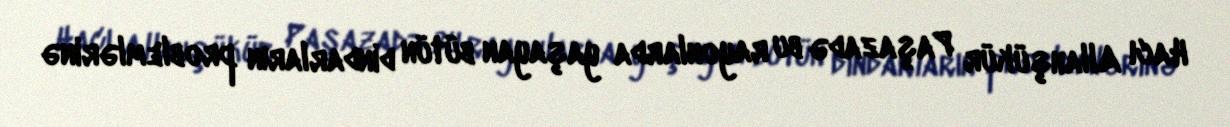
Hacı Allahşükür Paşazadə bu rayonlarda yaşayan bütün dindarların problemlərinə